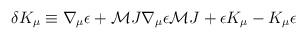
LaTeX: \begin{align*}\delta K_\mu \equiv \nabla_\mu\epsilon + {\cal M}J\nabla_\mu\epsilon{\cal M}J +\epsilon K_\mu - K_\mu \epsilon\end{align*}